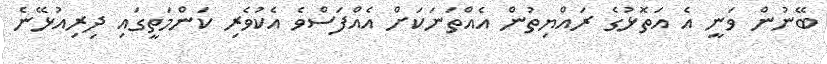
ބޭނުން ވަނީ އެ އަތޮޅުގެ ރައްޔިތުން އެއްތަނަކަށް އެއްފަސްވެ އެކުވެރި ކަންމަތީގައި ދިރިއުޅޭނެ